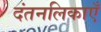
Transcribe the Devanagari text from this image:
दंतनलिकाएँ